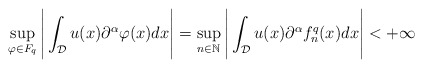
\begin{align*}\sup_{\varphi \in F_q} \Bigg|\int_{\mathcal{D}}u(x)\partial^{\alpha}\varphi(x)dx\Bigg| = \sup_{n \in \mathbb{N}} \Bigg|\int_{\mathcal{D}}u(x)\partial^{\alpha}f_n^q(x)dx \Bigg| < + \infty\end{align*}